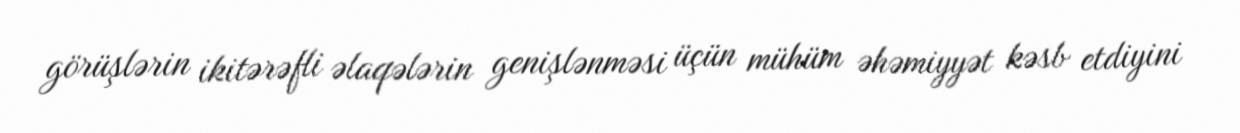
görüşlərin ikitərəfli əlaqələrin genişlənməsi üçün mühüm əhəmiyyət kəsb etdiyini